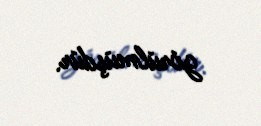
görülmüşdür.